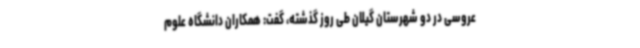
عروسی در دو شهرستان گیلان طی روز گذشته، گفت: همکاران دانشگاه علوم